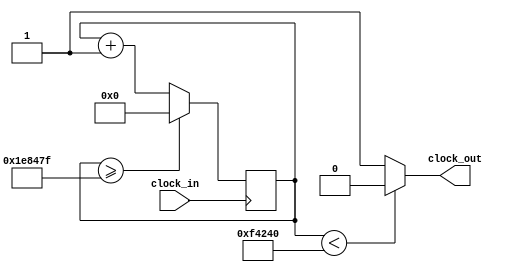
`timescale 1ns / 1ps
//////////////////////////////////////////////////////////////////////////////////
// Company: 
// Engineer: 
// 
// Design Name: 
// Module Name: clock_divider
// Project Name: 
// Target Devices: 
// Tool Versions: 
// Description: 
// 
// Dependencies: 
// 
// Revision:
// Revision 0.01 - File Created
// Additional Comments:
// 
//////////////////////////////////////////////////////////////////////////////////


module Clock_divider_2(clock_in,clock_out
    );
input clock_in; // input clock on FPGA
output clock_out; // output clock after dividing the input clock by divisor
reg[31:0] counter=32'd0;
parameter DIVISOR = 32'd2000000;
always @(posedge clock_in)
begin
 counter <= counter + 1;
 if(counter>=(DIVISOR-1))
  counter <= 32'd0;
end
assign clock_out = (counter<DIVISOR/2)?1'b0:1'b1;
endmodule